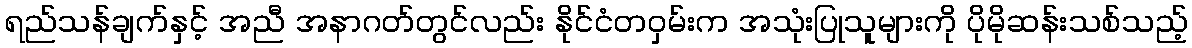
ရည်သန်ချက်နှင့် အညီ အနာဂတ်တွင်လည်း နိုင်ငံတဝှမ်းက အသုံးပြုသူများကို ပိုမိုဆန်းသစ်သည့်